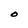
Character: O